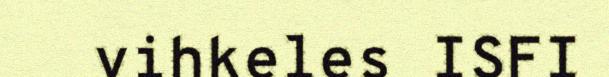
vihkeles ISFI